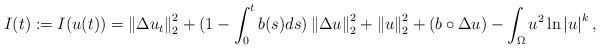
LaTeX: \begin{align*}I(t):=I(u(t))=\left \| \Delta u_{t} \right \|_{2}^{2}+(1-\int_{0}^{t}b(s)ds)\left \| \Delta u \right \|_{2}^{2}+\left \| u \right \|_{2}^{2}+(b\circ\Delta u)-\int_{\Omega}u^{2} \ln \left | u \right |^{k},\end{align*}